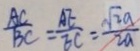
\frac { A C } { B C } = \frac { A E } { E C } = \frac { \sqrt { 2 } a } { 2 a }